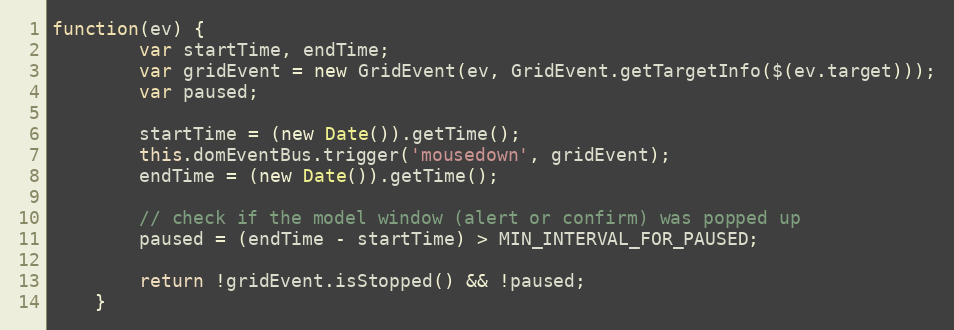
Language: JavaScript
function(ev) {
        var startTime, endTime;
        var gridEvent = new GridEvent(ev, GridEvent.getTargetInfo($(ev.target)));
        var paused;

        startTime = (new Date()).getTime();
        this.domEventBus.trigger('mousedown', gridEvent);
        endTime = (new Date()).getTime();

        // check if the model window (alert or confirm) was popped up
        paused = (endTime - startTime) > MIN_INTERVAL_FOR_PAUSED;

        return !gridEvent.isStopped() && !paused;
    }